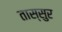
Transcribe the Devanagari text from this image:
तास्सुर